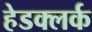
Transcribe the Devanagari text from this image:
हेडक्लर्क